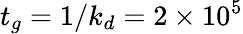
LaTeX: t_{g}=1/k_{d}=2\times 10^{5}